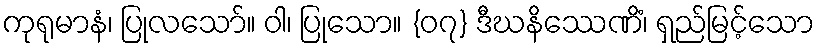
ကုရုမာနံ၊ ပြုလသော်။ ဝါ၊ ပြုသော။ {၀၇} ဒီဃနိဿေဏိံ၊ ရှည်မြင့်သော